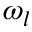
\omega _ { l }